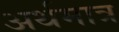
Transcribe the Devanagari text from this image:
अर्थमात्र